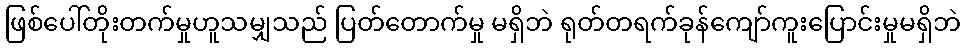
ဖြစ်ပေါ်တိုးတက်မှုဟူသမျှသည် ပြတ်တောက်မှု မရှိဘဲ ရုတ်တရက်ခုန်ကျော်ကူးပြောင်းမှုမရှိဘဲ